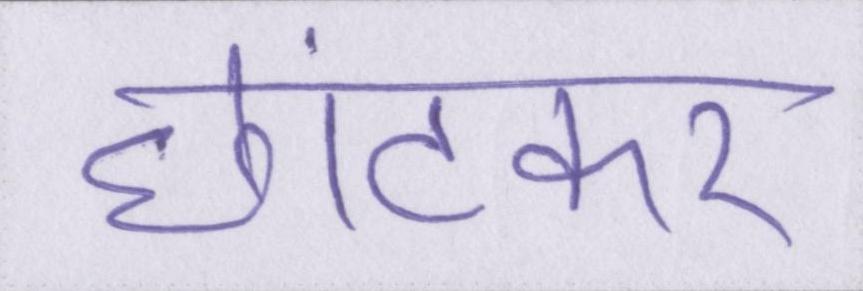
छांटकर